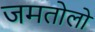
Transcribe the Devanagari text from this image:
जमतोलो